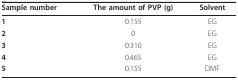
<table><thead><tr><td><b>Sample number</b></td><td><b>The amount of PVP (g)</b></td><td><b>Solvent</b></td></tr></thead><tbody><tr><td><b>1</b></td><td>0.155</td><td>EG</td></tr><tr><td><b>2</b></td><td>0</td><td>EG</td></tr><tr><td><b>3</b></td><td>0.310</td><td>EG</td></tr><tr><td><b>4</b></td><td>0.465</td><td>EG</td></tr><tr><td><b>5</b></td><td>0.155</td><td>DMF</td></tr></tbody></table>